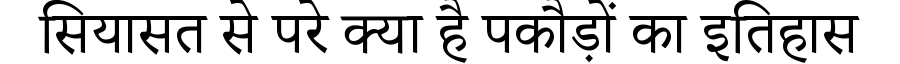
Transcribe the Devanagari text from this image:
सियासत से परे क्या है पकौड़ों का इतिहास